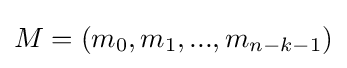
M=(m_{0},m_{1},...,m_{n-k-1})